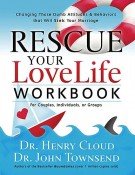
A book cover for Rescue Your Love Life, Workbook; Henry Cloud; Christian Books & Bibles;